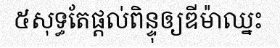
៥សុទ្ធតែផ្តល់ពិន្ទុឲ្យឌីម៉ាឈ្នះ